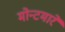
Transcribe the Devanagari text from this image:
मोन्टमारे